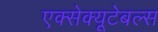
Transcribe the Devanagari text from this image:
एक्सेक्यूटेबल्स